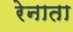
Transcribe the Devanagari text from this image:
रेनाता